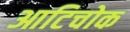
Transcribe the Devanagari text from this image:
आटिचोक